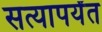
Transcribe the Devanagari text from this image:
सत्यापर्यंत